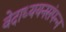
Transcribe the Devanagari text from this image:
वेदाध्ययनसंपन्न